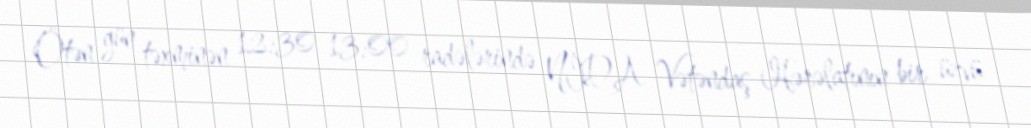
Ötən gün təxminən 12:30-13:00 radələrində NİDA Vətəndaş Hərəlatının bir üzvü